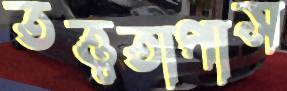
তত্ত্বতাপাস